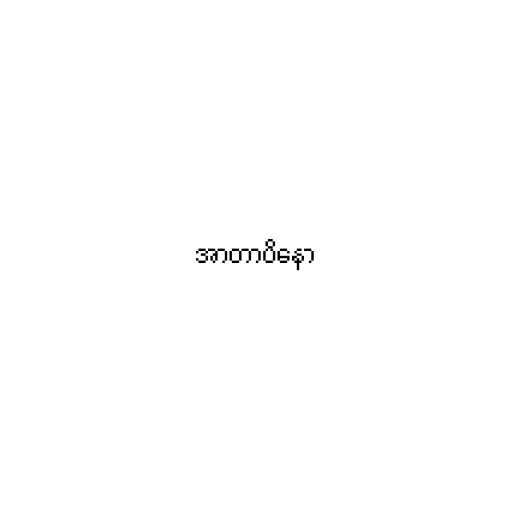
အာတာပိနော